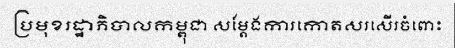
ប្រមុខរដ្ឋាភិបាលកម្ពុជា សម្តែងការកោតសរសើរចំពោះ